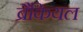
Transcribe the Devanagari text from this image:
ब्रैंकियल